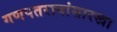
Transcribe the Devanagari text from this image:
गणपतरावांसारखा